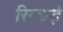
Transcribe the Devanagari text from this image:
रिन्कई